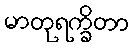
မာတုရက္ခိတာ